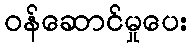
ဝန်ဆောင်မှုပေး